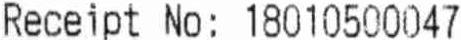
RECEIPT NO : 18010500047